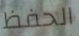
الحفظ